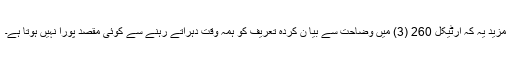
مزید یہ کہ آرٹیکل 260 (3) میں وضاحت سے بیا ن کردہ تعریف کو ہمہ وقت دہراتے رہنے سے کوئی مقصد پورا نہیں ہوتا ہے۔